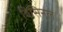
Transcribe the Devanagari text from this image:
विसिनल